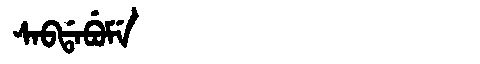
Manchu: ᠰᠠᠪᡩᠠᠪᡠᠮᡝ
Romanization: SABDABUME